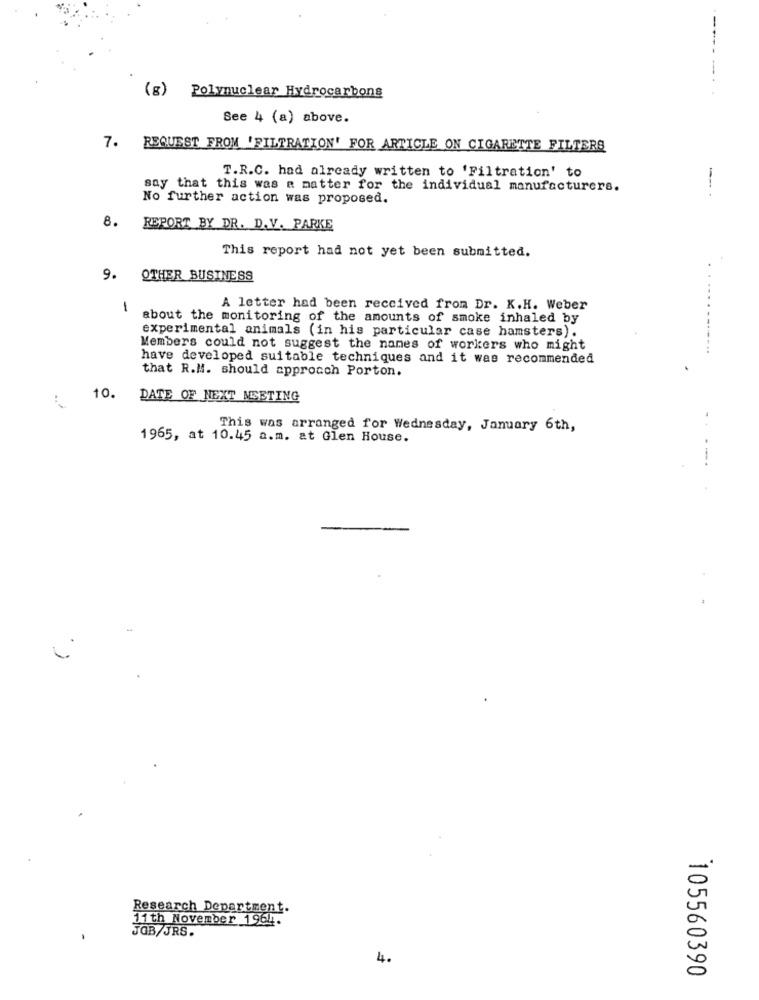
(g) Polynuclear Hydrocarbons
See 4 (a) above.
7. REQUEST FROM 'FILTRATION' FOR ARTICLE ON CIGARETTE FILTERS
T.R.C. had already written to 'Filtration' to
say that this was a matter for the individual manufacturers.
No further action was proposed.
8. REPORT BY DR. D.V. PARKE
This report had not yet been submitted.
9.
OTHER BUSINESS
...
1
A letter had been received from Dr. K.H. Weber
about the monitoring of the amounts of smoke inhaled by
experimental animals (in his particular case hamsters).
Members could not suggest the names of workers who might
have developed suitable techniques and it was recommended
that R.M. should approach Porton.
10.
DATE OF NEXT MEETING
This was arranged for Wednesday, January 6th,
1965, at 10.45 a.m. at Glen House.
. .
Research Department.
11 th November 1964.
JOB/JRS.
4.
105560390